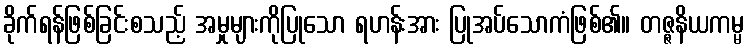
ခိုက်ရန်ဖြစ်ခြင်းစသည့် အမှုများကိုပြုသော ရဟန်းအား ပြုအပ်သောကံဖြစ်၏။ တဇ္ဇနိယကမ္မ